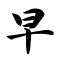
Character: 早